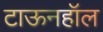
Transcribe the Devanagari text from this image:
टाऊनहॉल